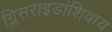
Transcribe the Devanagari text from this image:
ग्लिसराइडांशिवाय